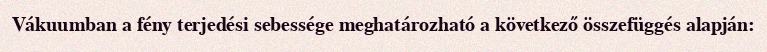
Vákuumban a fény terjedési sebessége meghatározható a következő összefüggés alapján: